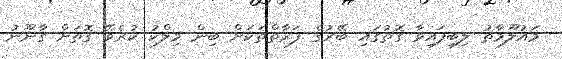
މައުލޫމާތު ލިބިފައިވާ ގޮތުގައި ބޭރުގެ ފަރާތްތަކަށް ބިން މިލްކު ކުރެވޭ ގޮތަށް ގާނޫނު